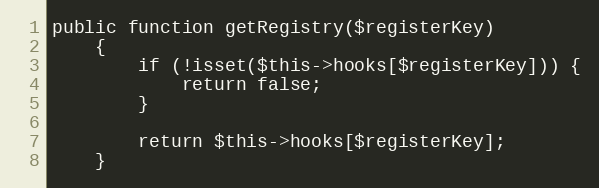
Language: PHP
public function getRegistry($registerKey)
    {
        if (!isset($this->hooks[$registerKey])) {
            return false;
        }

        return $this->hooks[$registerKey];
    }